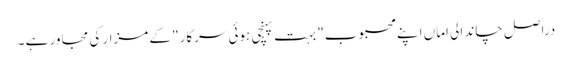
دراصل چاند الی اماں اپنے محبوب" بہت پہنچی ہوئی سرکار" کے مزار کی مجاور ہے ۔